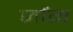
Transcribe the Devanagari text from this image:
ज़ोंग